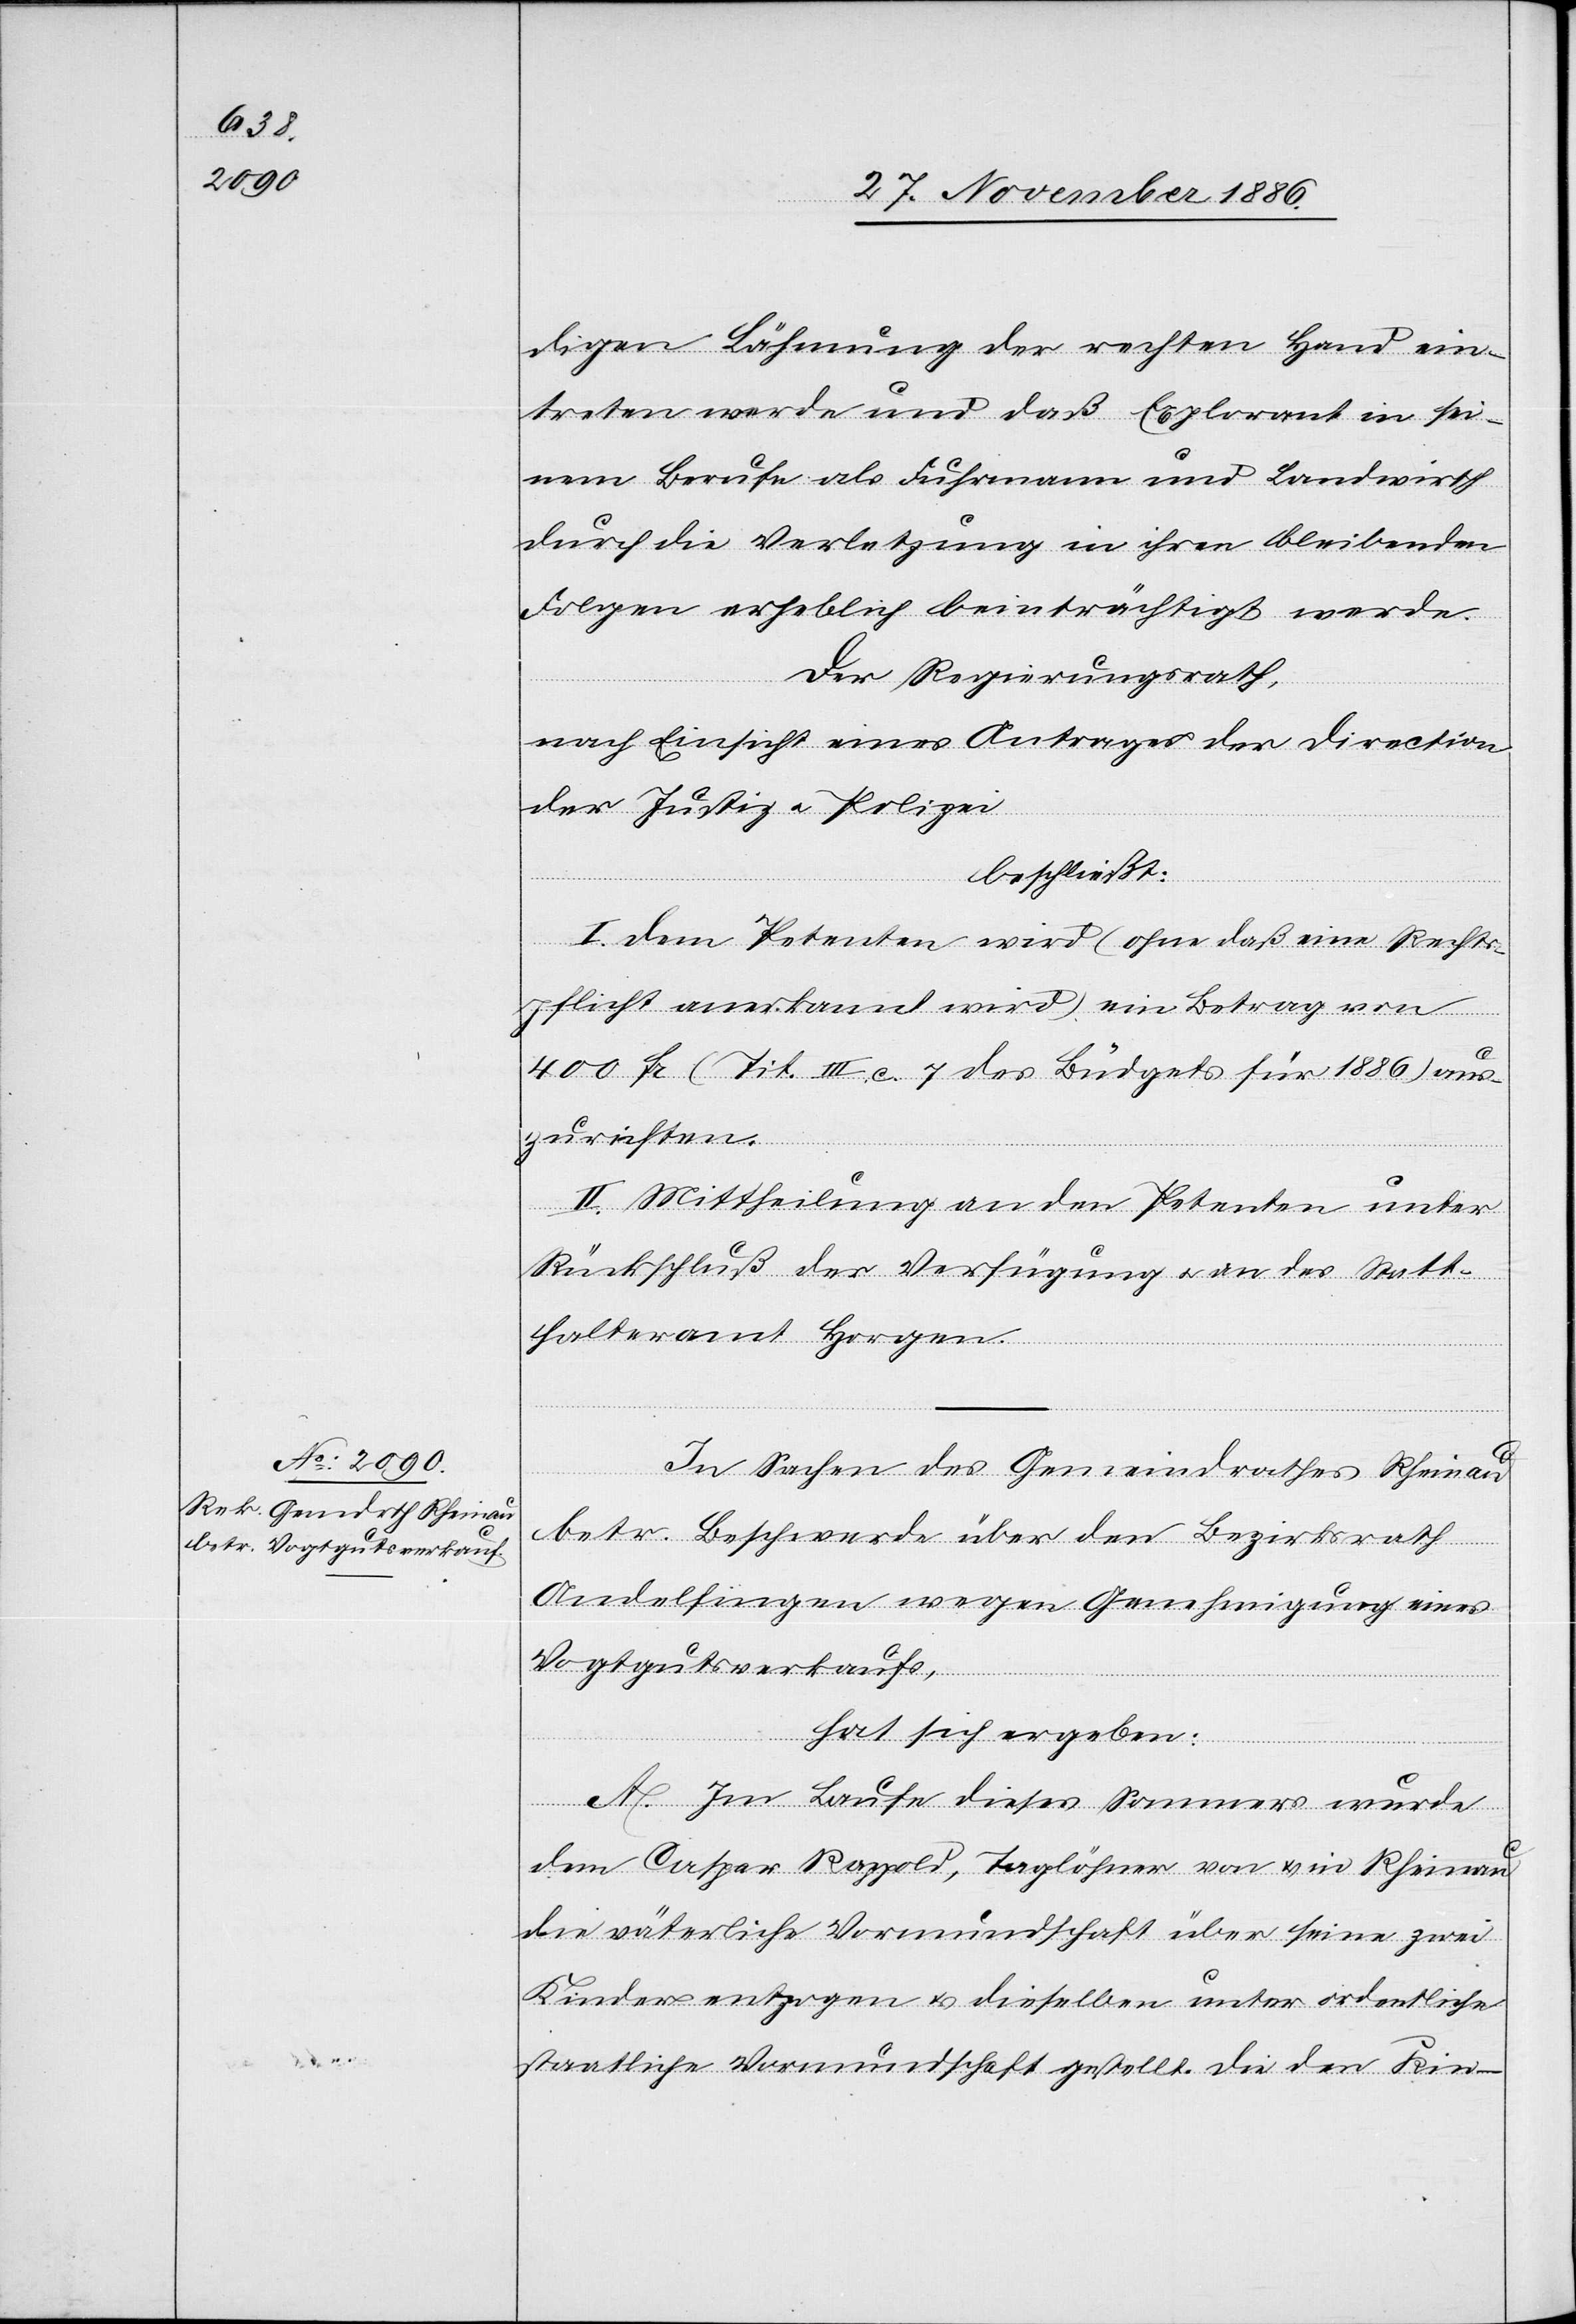
digen Lähmung der rechten Hand ein¬
treten werde und daß Explorant in sei¬
nem Berufe als Fuhrmann und Landwirth
durch die Verletzung in ihren bleibenden
Folgen erheblich be[e]inträchtigt werde.
Der Regierungsrath,
nach Einsicht eines Antrages der Direction
der Justiz & Polizei
beschließt:
I. Dem Petenten wird (ohne daß eine Rechts¬
pflicht anerkannt wird) ein Betrag von
400 Fr. (Tit. III. c. 7 des Büdgets für 1886) aus¬
zurichten
II. Mittheilung an den Petenten unter
Rückschluß der Verfügung & an das Statt¬
halteramt Horgen.
In Sachen des Gemeindrathes Rheinau
betr. Beschwerde über den Bezirksrath
Andelfingen wegen Genehmigung eines
Vogtgutsverkaufs,
hat sich ergeben:
A. Im Laufe dieses Sommers wurde
dem Caspar Rappold, Taglöhner von & in Rheinau
die väterliche Vormundschaft über seine zwei
Kinder entzogen & dieselben unter ordentliche
staatliche Vormundschaft gestellt. Die den Kin-